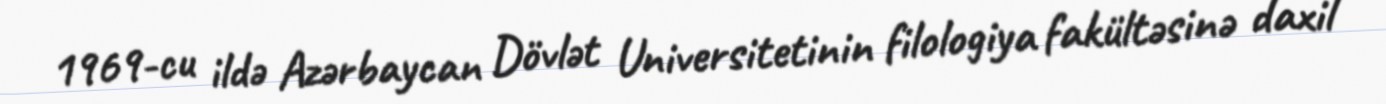
1969-cu ildə Azərbaycan Dövlət Universitetinin filologiya fakültəsinə daxil